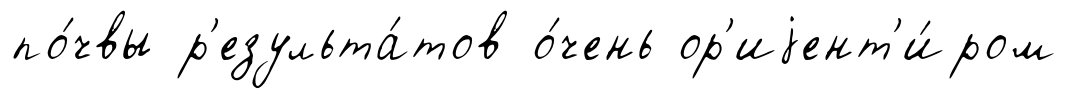
по́чвы р'езульта́тов о́чень ор'иjент'и́ром